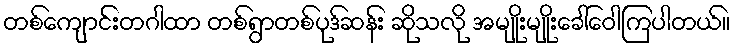
တစ်ကျောင်းတဂါထာ တစ်ရွာတစ်ပုဒ်ဆန်း ဆိုသလို အမျိုးမျိုးခေါ်ဝေါကြပါတယ်။